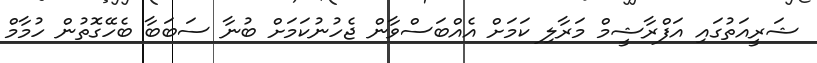
ޝަރީއަތުގައި އަފްރާޝީމް މަރާލި ކަމަށް އެއްބަސްވާން ޖެހުނުކަމަށް ބުނާ ސަބަބާ ބެހޭގޮތުން ހުމާމް